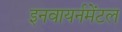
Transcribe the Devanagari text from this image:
इनवायर्नमेंटल